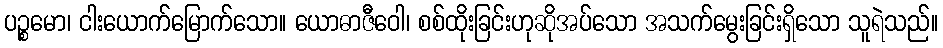
ပဉ္စမော၊ ငါးယောက်မြောက်သော။ ယောဓာဇီဝေါ၊ စစ်ထိုးခြင်းဟုဆိုအပ်သော အသက်မွေးခြင်းရှိသော သူရဲသည်။